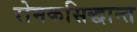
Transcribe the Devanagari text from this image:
रोमकसिद्धान्त